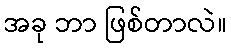
အခု ဘာ ဖြစ်တာလဲ။